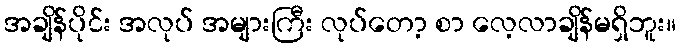
အချိန်ပိုင်း အလုပ် အများကြီး လုပ်တော့ စာ လေ့လာချိန်မရှိဘူး။